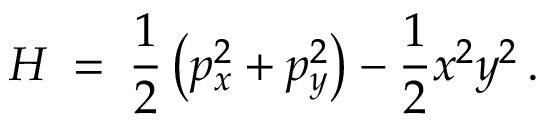
H \: = \: \frac { 1 } { 2 } \left( p _ { x } ^ { 2 } + p _ { y } ^ { 2 } \right) - \frac { 1 } { 2 } x ^ { 2 } y ^ { 2 } \, .